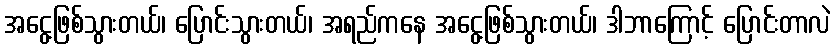
အငွေ့ဖြစ်သွားတယ်၊ ပြောင်းသွားတယ်၊ အရည်ကနေ အငွေ့ဖြစ်သွားတယ်၊ ဒါဘာကြောင့် ပြောင်းတာလဲ